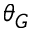
\theta _ { G }